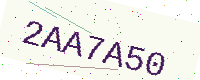
Text: 2AA7A50